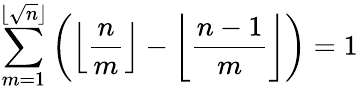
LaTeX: \sum_{m=1}^{\lfloor{\sqrt{n}}\rfloor}\left(\left\lfloor{\frac{n}{m}}\right\rfloor-\left\lfloor{\frac{n-1}{m}}\right\rfloor\right)=1